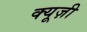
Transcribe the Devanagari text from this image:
क्यूज़ी